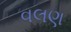
વલણ